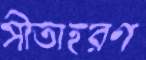
সীতাহরণ